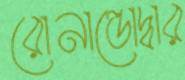
রোনাল্ডোদ্বার